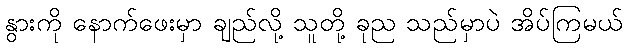
နွားကို နောက်ဖေးမှာ ချည်လို့ သူတို့ ခုည သည်မှာပဲ အိပ်ကြမယ်